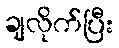
ချလိုက်ပြီး